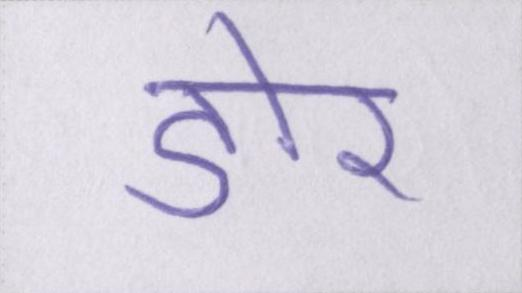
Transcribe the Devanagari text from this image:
डोर